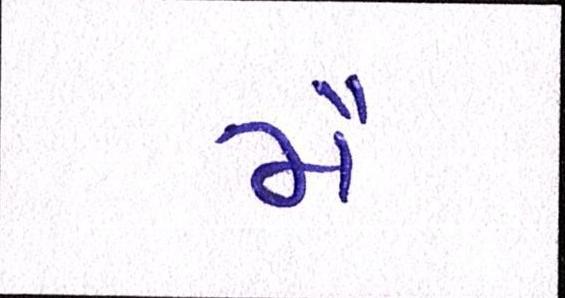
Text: મૈં